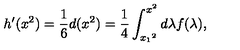
h ^ { \prime } ( x ^ { 2 } ) = { \frac { 1 } { 6 } } d ( x ^ { 2 } ) = { \frac { 1 } { 4 } } \int _ { { x _ { 1 } } ^ { 2 } } ^ { x ^ { 2 } } d \lambda f ( \lambda ) ,